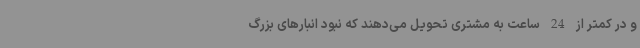
و در کمتر از 24 ساعت به مشتری تحویل می‌دهند که نبود انبارهای بزرگ